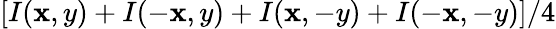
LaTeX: [I(\mathbf{x},y)+I(-\mathbf{x},y)+I(\mathbf{x},-y)+I(-\mathbf{x},-y)]/4